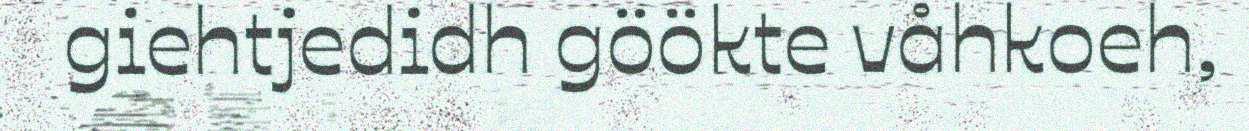
giehtjedidh göökte våhkoeh,